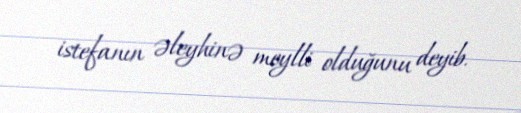
istefanın əleyhinə meylli olduğunu deyib.